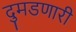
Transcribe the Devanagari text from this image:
दुमडणारी